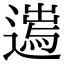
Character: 𨖮